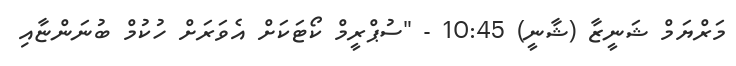
މަރްޔަމް ޝަނީޒާ (ޝާނީ) 10:45 - "ސުޕްރީމް ކޯޓަކަށް އެވަރަށް ހުކުމް ބުނަންޏާއި